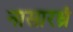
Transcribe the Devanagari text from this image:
नासारध्रं